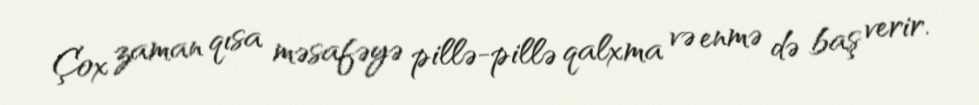
Çox zaman qısa məsafəyə pillə-pillə qalxma və enmə də baş verir.